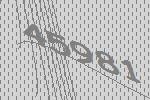
45981